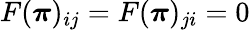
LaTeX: F({\boldsymbol\pi})_{ij}=F({\boldsymbol\pi})_{ji}=0